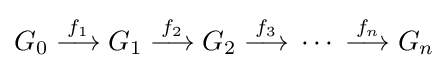
G_{0}\;{\overset {f_{1}}{\longrightarrow }}\;G_{1}\;{\overset {f_{2}}{\longrightarrow }}\;G_{2}\;{\overset {f_{3}}{\longrightarrow }}\;\cdots \;{\overset {f_{n}}{\longrightarrow }}\;G_{n}